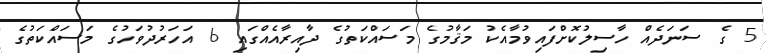
5 ގެ ސަނަދެއް ހާސިލުކޮށްފައިވުމާއެކު މަޤާމުގެ މަސައްކަތުގެ ދާއިރާއެއްގައި 6 އަހަރުދުވަހުގެ މަސައްކަތުގެ